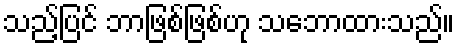
သည့်ပြင် ဘာဖြစ်ဖြစ်ဟု သဘောထားသည်။